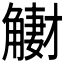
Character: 𧤳